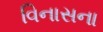
વિનાસના